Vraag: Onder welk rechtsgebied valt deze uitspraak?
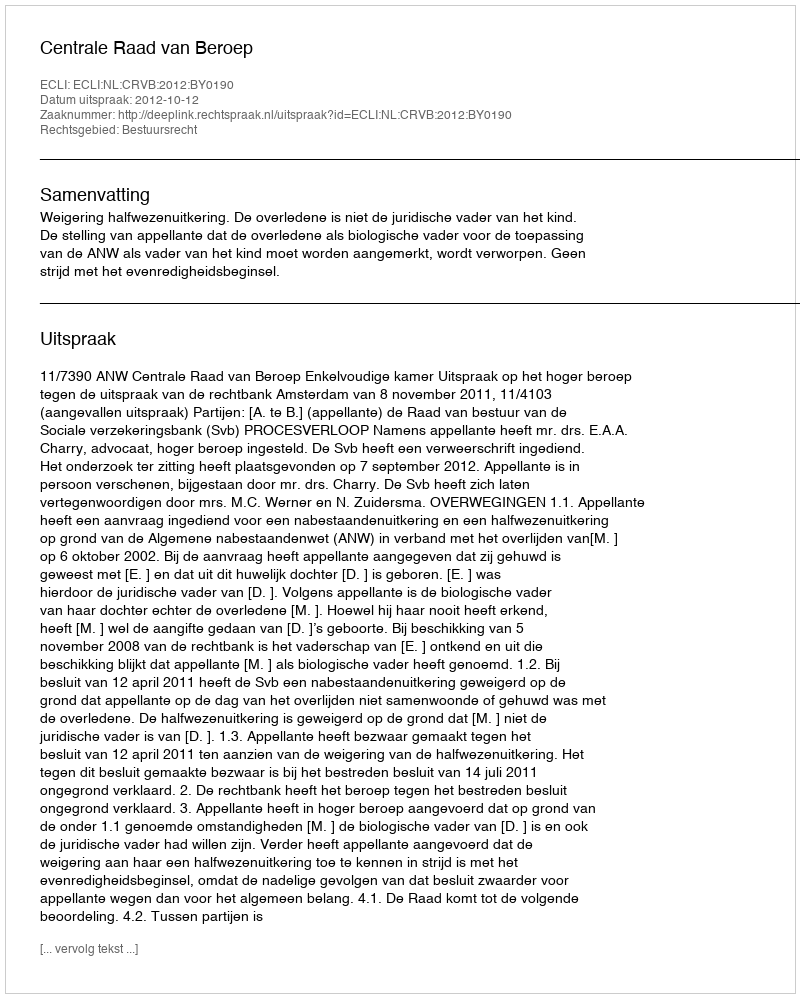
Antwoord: Bestuursrecht